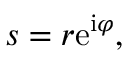
s = r \mathrm { e } ^ { \mathrm { i } \varphi } ,